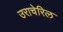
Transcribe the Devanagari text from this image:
उराचेरिल